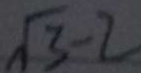
\sqrt { 3 } - 2